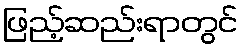
ဖြည့်ဆည်းရာတွင်